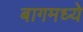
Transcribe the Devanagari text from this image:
बागमध्ये